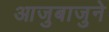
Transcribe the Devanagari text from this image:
आजुबाजुने